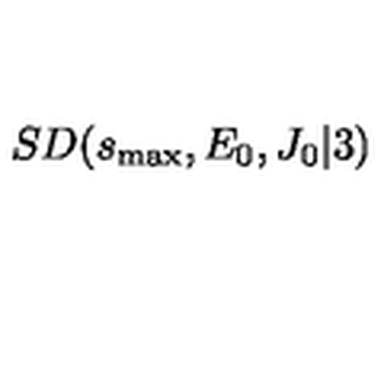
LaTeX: S D ( s _ { \mathrm { m a x } } , E _ { 0 } , J _ { 0 } \vert 3 )